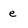
Character: e